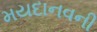
મયદાનવની